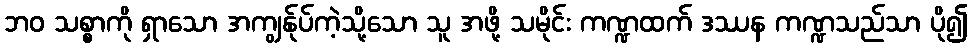
ဘဝ သစ္စာကို ရှာသော အကျွန်ုပ်ကဲ့သို့သော သူ အဖို့ သမိုင်း ကဏ္ဍထက် ဒဿန ကဏ္ဍသည်သာ ပို၍